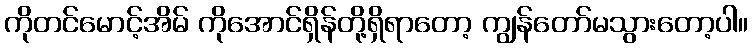
ကိုတင်မောင့်အိမ် ကိုအောင်ရှိန်တို့ရှိရာတော့ ကျွန်တော်မသွားတော့ပါ။